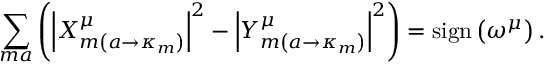
\sum _ { m a } \left( \left\vert X _ { m \left( a \rightarrow \kappa _ { m } \right) } ^ { \mu } \right\vert ^ { 2 } - \left\vert Y _ { m \left( a \rightarrow \kappa _ { m } \right) } ^ { \mu } \right\vert ^ { 2 } \right) = \mathrm { s i g n } \left( \omega ^ { \mu } \right) .